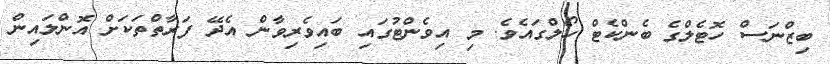
ބިޒްނަސް ހޮޓެލްގެ ބެންކެޓް ހޯލްގައެވެ. މި އިވެންޓުގައި ބައިވެރިވާން އެދޭ ފަރާތްތަކަށް އޮންލައިން